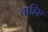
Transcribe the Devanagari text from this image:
चाहिए